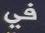
في